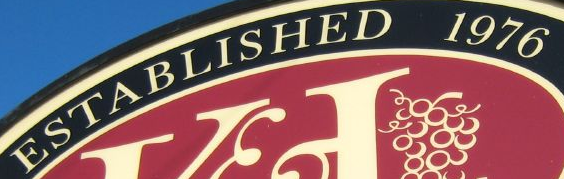
ESTABLISHED 1976